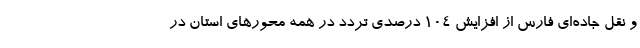
و نقل جاده‌ای فارس از افزایش ۱۰۴ درصدی تردد در همه محورهای استان در